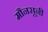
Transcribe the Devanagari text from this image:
मौनसूनी